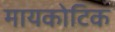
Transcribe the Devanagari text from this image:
मायकोटिक